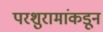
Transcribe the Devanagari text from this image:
परशुरामांकडून